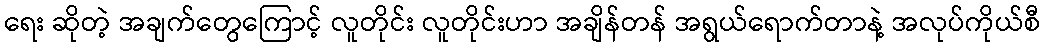
ရေး ဆိုတဲ့ အချက်တွေကြောင့် လူတိုင်း လူတိုင်းဟာ အချိန်တန် အရွယ်ရောက်တာနဲ့ အလုပ်ကိုယ်စီ